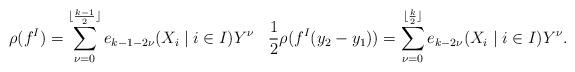
LaTeX: \begin{align*}\rho(f^I) &= \sum_{\nu=0}^{\lfloor \frac{k-1}{2} \rfloor} e_{k-1-2\nu}(X_i \mid i\in I)Y^\nu &\frac{1}{2}\rho(f^I(y_2-y_1)) &= \sum_{\nu=0}^{\lfloor \frac{k}{2} \rfloor} e_{k-2\nu}(X_i \mid i\in I)Y^\nu.\end{align*}